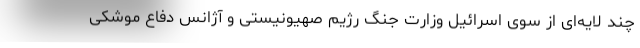
چند لایه‌ای از سوی اسرائیل وزارت جنگ رژیم صهیونیستی و آژانس دفاع موشکی